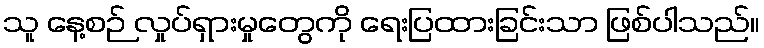
သူ နေ့စဉ် လှုပ်ရှားမှုတွေကို ရေးပြထားခြင်းသာ ဖြစ်ပါသည်။